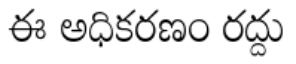
ఈ అధికరణం రద్దు